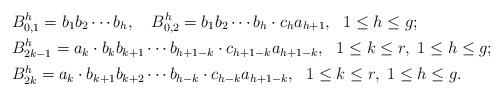
LaTeX: \begin{align*}&B_{0,1}^h=b_1b_2\cdots b_h, \ \ \ B_{0,2}^h=b_1b_2\cdots b_h \cdot c_ha_{h+1}, \ \ 1\leq h\leq g; \\&B_{2k-1}^h=a_k \cdot b_kb_{k+1} \cdots b_{h+1-k} \cdot c_{h+1-k}a_{h+1-k}, \ \ 1\leq k\leq r, \ 1\leq h \leq g; \\&B_{2k}^h=a_k \cdot b_{k+1}b_{k+2} \cdots b_{h-k} \cdot c_{h-k}a_{h+1-k}, \ \ 1\leq k\leq r, \ 1\leq h \leq g. \end{align*}